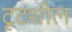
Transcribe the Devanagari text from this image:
टूटशील